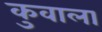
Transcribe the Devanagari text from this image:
कुवाला